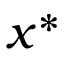
x ^ { * }